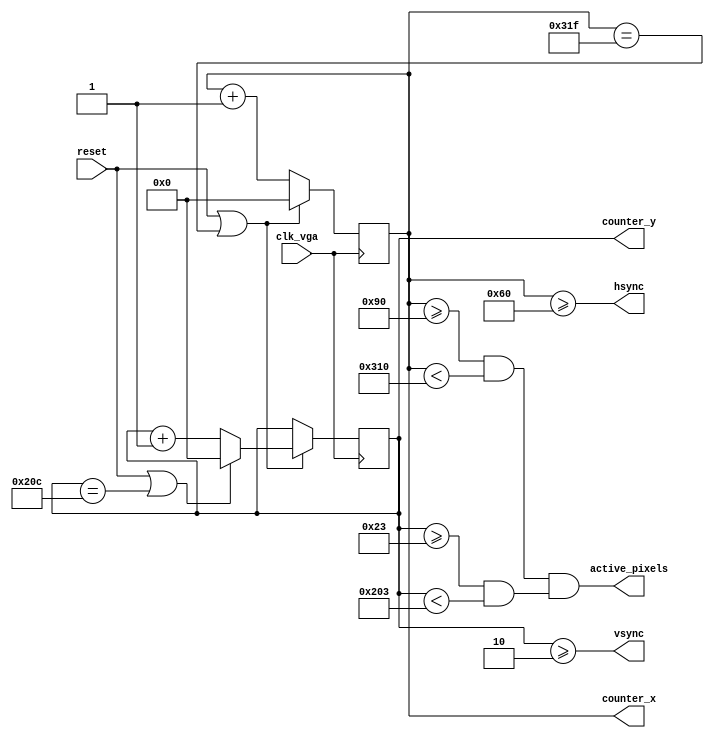
module HVSync (input clk_vga,
               input reset,
               output hsync,
               output vsync,
               output active_pixels,
               output reg [9:0] counter_x,
               output reg [9:0] counter_y);
    
    // horizontal timings
    parameter WIDTH    = 640;
    parameter H_FPORCH = 16;
    parameter H_SYNC   = 96;
    parameter H_BPORCH = 48;
    
    parameter H_TOTAL      = WIDTH + H_FPORCH + H_SYNC + H_BPORCH;
    parameter H_MIN_ACTIVE = H_SYNC + H_BPORCH;
    parameter H_MAX_ACTIVE = H_SYNC + H_BPORCH + WIDTH;
    
    // vertical timings
    parameter HEIGHT = 480;
    parameter V_FPORCH = 10;
    parameter V_SYNC   = 2;
    parameter V_BPORCH = 33;
    
    parameter V_TOTAL  = HEIGHT + V_FPORCH + V_SYNC + V_BPORCH;
    
    parameter V_MIN_ACTIVE = V_SYNC + V_BPORCH;
    parameter V_MAX_ACTIVE = V_SYNC + V_BPORCH + HEIGHT;
    
    wire res_counter_x = reset || (counter_x == H_TOTAL - 1);
    wire res_counter_y = reset || (counter_y == V_TOTAL - 1);
    
    
    always @(posedge clk_vga)
        if (res_counter_x)
            counter_x <= 0;
        else
            counter_x <= counter_x + 1;
    
    always @(posedge clk_vga)
    begin
        if (res_counter_x)
        begin
            if (res_counter_y)
                counter_y <= 0;
            else
                counter_y <= counter_y + 1;
        end
    end
    
    assign hsync       = (counter_x >= H_SYNC);
    assign vsync       = (counter_y >= V_SYNC);
    assign active_pixels = (counter_x >= H_MIN_ACTIVE && counter_x < H_MAX_ACTIVE) && (counter_y >= V_MIN_ACTIVE && counter_y < V_MAX_ACTIVE);
    
    
endmodule